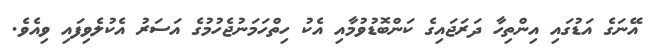
އޭނަގެ އަޑުގައި އިންތިހާ ދަރަޖައިގެ ކަންބޮޑުވުމާއި އެކު ހިތްހަމަނުޖެހުމުގެ އަސަރު އެކުލެވިފައި ވިއެވެ.